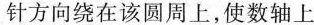
针方向绕在该圆周上，使数轴上